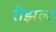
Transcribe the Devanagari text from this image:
रीझल्ट